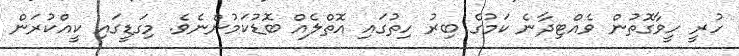
ހުރީ ހީވާގޮތުން ވެއްޓިދާނެ ކަމުގެ ބިރު ހިތުގައި އޮތްލެއް ބޮޑުކަމުންނެވެ. މިގަޑީގައި ކީއްކުރަން